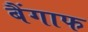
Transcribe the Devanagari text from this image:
बैंगाफ